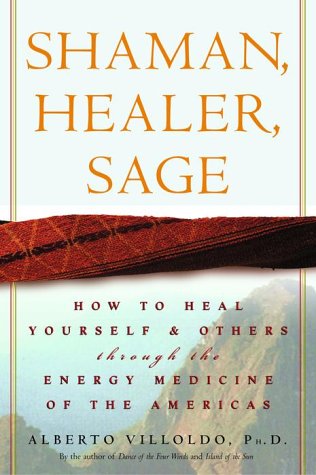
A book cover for Shaman, Healer, Sage: How to Heal Yourself and Others with the Energy Medicine of the Americas; Alberto Villoldo Ph.D.; Health, Fitness & Dieting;